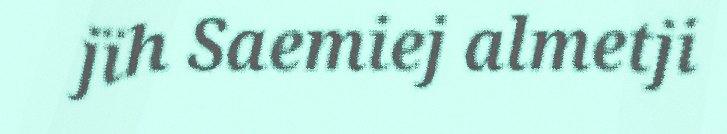
jïh Saemiej almetji